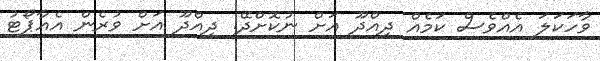
ވާހަކަލަ އެއްވެސް ކަމެއް ދިއްދޫ އަށް ނުކޮށްދޭ. ދިއްދޫ އަށް ވުރެން އެއާޕޯޓު